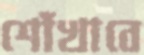
শোঁখাবে